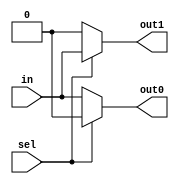
module DMUX (
    input wire in,
    input wire sel,
    output wire out0,
    output wire out1
);
assign out0 = sel? 0 : in;
assign out1 = sel? in : 0;
endmodule